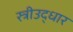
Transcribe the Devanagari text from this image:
स्त्रीउद्धार